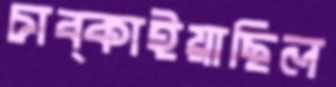
চাব্‌কাইয়াছিল